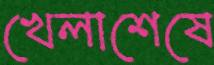
খেলাশেষে